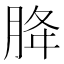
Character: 胮